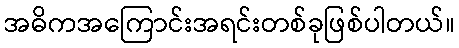
အဓိကအကြောင်းအရင်းတစ်ခုဖြစ်ပါတယ်။